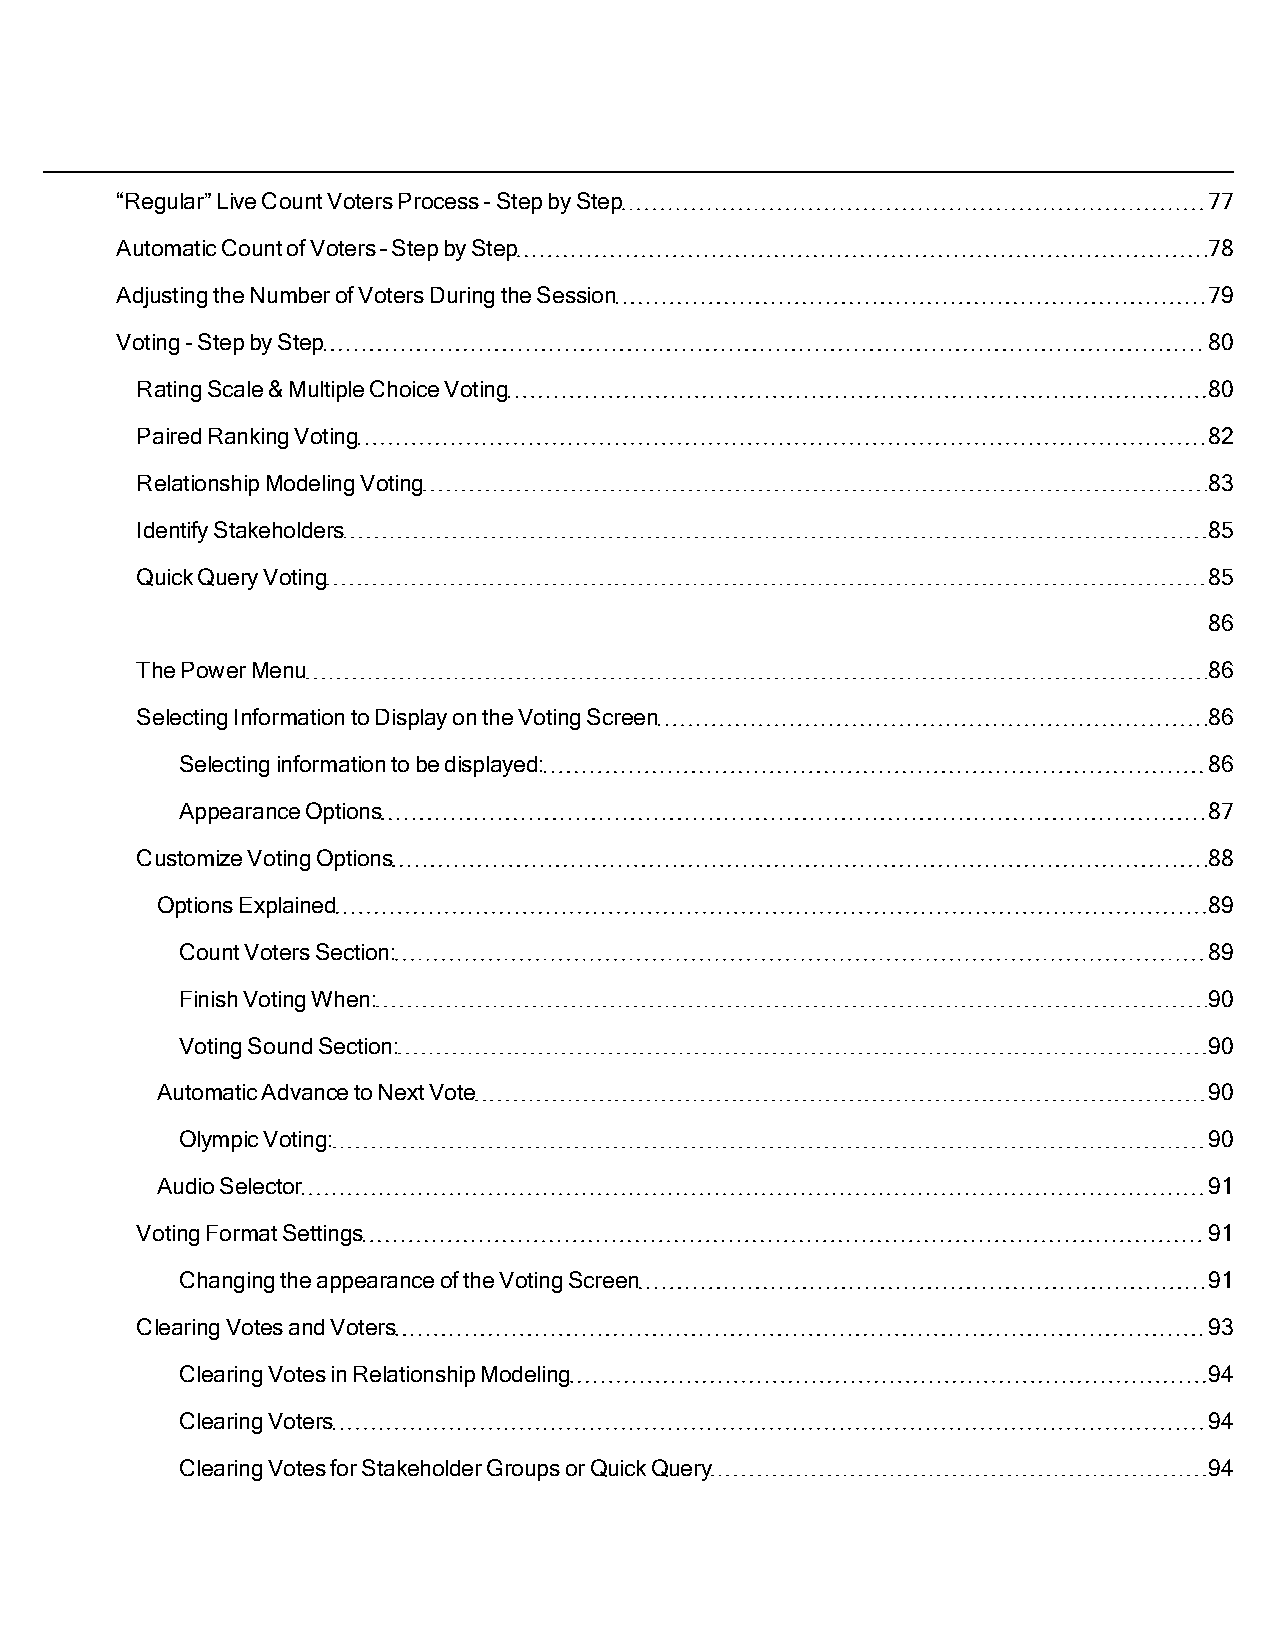
“Regular”LiveCountVotersProcess-StepbyStep                              77
 AutomaticCountofVoters–StepbyStep                                       78
 AdjustingtheNumberofVotersDuringtheSession                              79
 Voting-StepbyStep                                                       80
 RatingScale&MultipleChoiceVoting                                       80
 PairedRankingVoting                                                    82
 RelationshipModelingVoting                                             83
 IdentifyStakeholders                                                   85
 QuickQueryVoting                                                       85
 86
 ThePowerMenu                                                           86
 SelectingInformationtoDisplayontheVotingScreen                         86
 Selectinginformationtobedisplayed:                                  86
 AppearanceOptions                                                   87
 CustomizeVotingOptions                                                 88
 OptionsExplained                                                      89
 CountVotersSection:                                                 89
 FinishVotingWhen:                                                   90
 VotingSoundSection:                                                 90
 AutomaticAdvancetoNextVote                                            90
 OlympicVoting:                                                      90
 AudioSelector                                                         91
 VotingFormatSettings                                                   91
 ChangingtheappearanceoftheVotingScreen                              91
 ClearingVotesandVoters                                                 93
 ClearingVotesinRelationshipModeling                                 94
 ClearingVoters                                                      94
 ClearingVotesforStakeholderGroupsorQuickQuery                       94